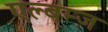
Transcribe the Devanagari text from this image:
एल्बम्ज़